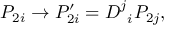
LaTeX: P _ { 2 i } \rightarrow P _ { 2 i } ^ { \prime } = D _ { \; \; i } ^ { j } P _ { 2 j } ,